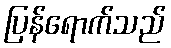
ပြန်ရောက်သည်